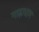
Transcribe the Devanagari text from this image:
गाढ़ाधाम